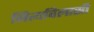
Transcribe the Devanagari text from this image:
नित्यविलासी